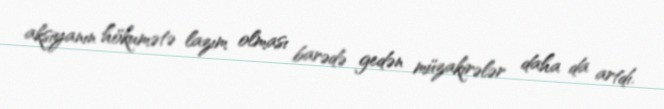
aksiyanın hökumətə lazım olması barədə gedən müzakirələr daha da artdı.